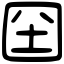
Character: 囶